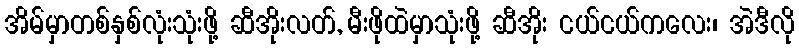
အိမ်မှာတစ်နှစ်လုံးသုံးဖို့ ဆီအိုးလတ်, မီးဖိုထဲမှာသုံးဖို့ ဆီအိုး ငယ်ငယ်ကလေး၊ အဲဒီလို